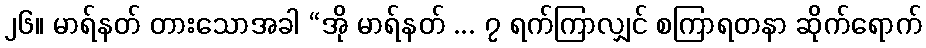
၂၆။ မာရ်နတ် တားသောအခါ “အို မာရ်နတ် ... ၇ ရက်ကြာလျှင် စကြာရတနာ ဆိုက်ရောက်